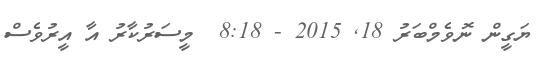
ޔަގީން ނޮވެމްބަރު 18